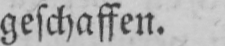
geschaffen.